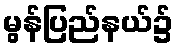
မွန်ပြည်နယ်၌